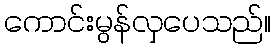
ကောင်းမွန်လှပေသည်။